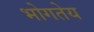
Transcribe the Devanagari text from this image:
भोगतेय